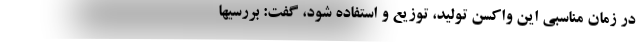
در زمان‌ مناسبی این واکسن تولید، توزیع و استفاده شود، گفت: بررسیها